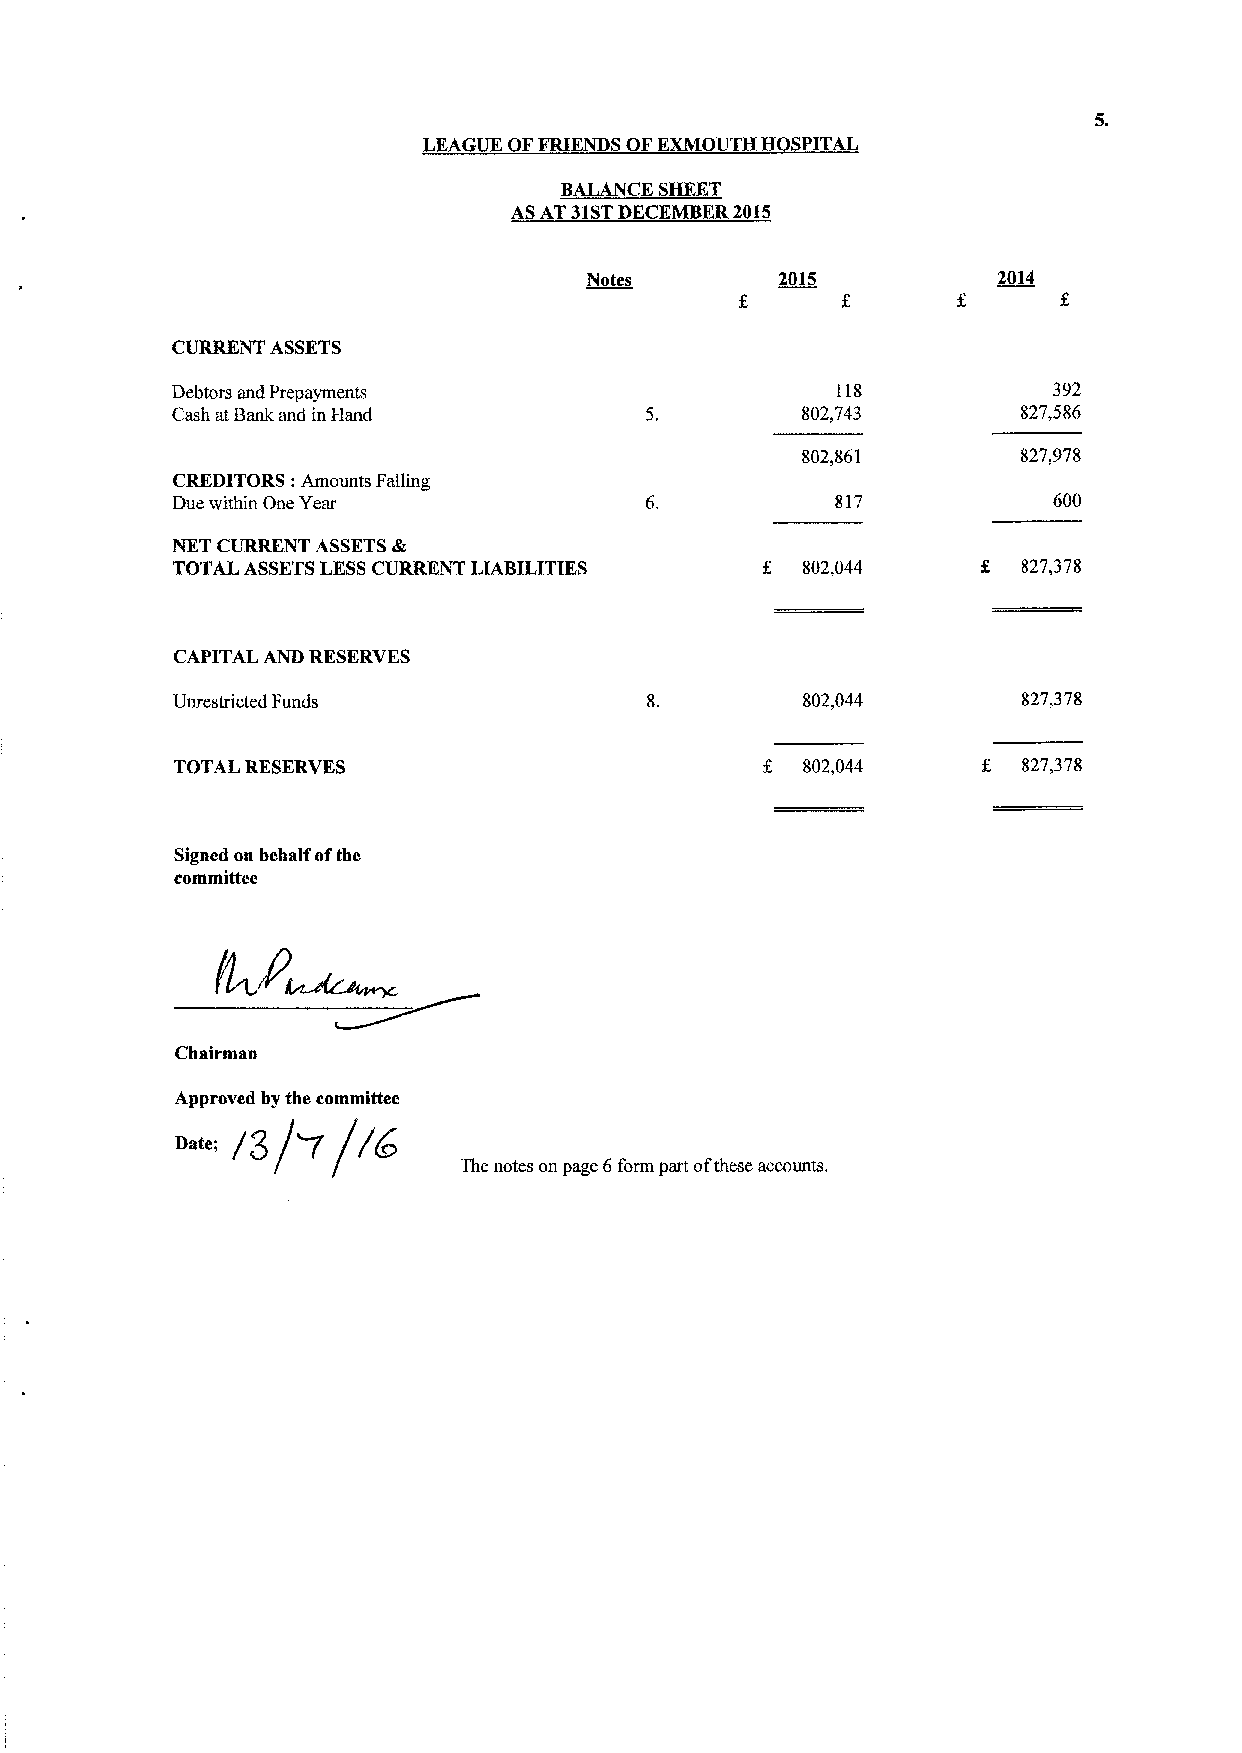
LEAGUE OFFRIENDS OFKXMOUTH H SPITAL
 BALANCE SHEET
 ASAT 31STDECEMBER2015
 Notes        2015          2014
 CURRENT ASSETS
 Debtors and Prepayments                     118            392
 Cash atBank and in Hand                   802,743        827„586
 802,861        827,978
 CREDITORS: Amounts Falling
 Due within One Year                         817            600
 NET CURRENT ASSETSdk
 TOTAL ASSETSLESSCURRENT LIABILITIES       802,044        827,378
 CAPITAL AND RESERVES
 Unrestricted Funds                        802,044        827,378
 TOTAL RESERVES                            802,044        827,378
 Signed on behalf ofthe
 committee
 Chairman
 "
 Approved by the committee
 is/~/i~
 The notes on page 6form part ofthese accounts.